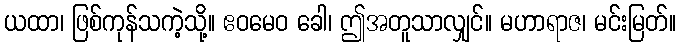
ယထာ၊ ဖြစ်ကုန်သကဲ့သို့။ ဧဝမေဝ ခေါ၊ ဤအတူသာလျှင်။ မဟာရာဇ၊ မင်းမြတ်။